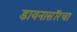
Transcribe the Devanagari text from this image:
डायनासॉरचा